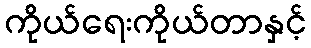
ကိုယ်ရေးကိုယ်တာနှင့်